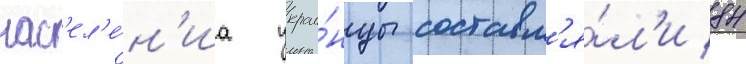
нас'ел'е́н'иа украи́нцы составл'я́л'и 84